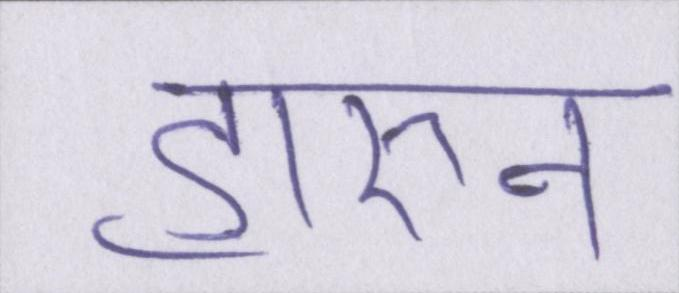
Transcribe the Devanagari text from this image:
हारुन